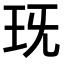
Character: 𤤍